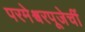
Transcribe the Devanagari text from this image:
परमेश्वरपूजेचीं